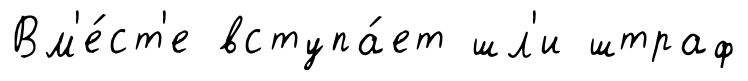
Вм'е́ст'е вступа́ет шл'и штраф